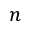
n